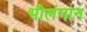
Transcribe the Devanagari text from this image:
भीलंगान